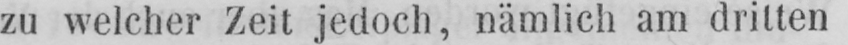
zu welcher Zeit jedoch, nämlich am dritten